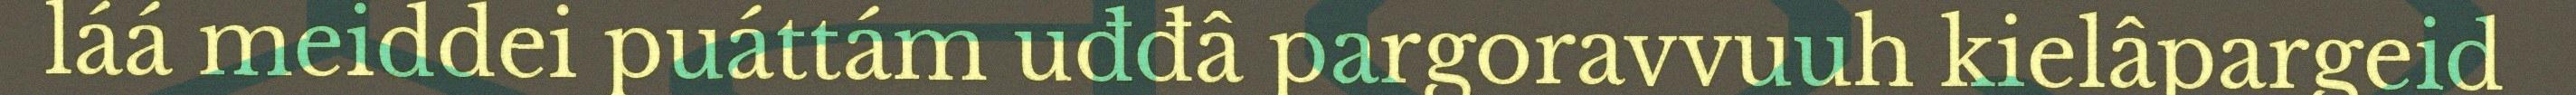
láá meiddei puáttám uđđâ pargoravvuuh kielâpargeid